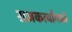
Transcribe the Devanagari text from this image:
राजकर्त्यामध्ये